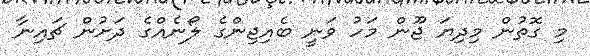
މި ގޮތުން މިދިޔަ ޖޫން މަހު ވަނީ ބެއިޖިންގެ ލޯނެއްގެ ދަށުން ޗައިނާ